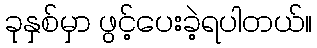
ခုနှစ်မှာ ဖွင့်ပေးခဲ့ရပါတယ်။